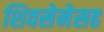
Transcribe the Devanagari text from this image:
शिवसेनेसह